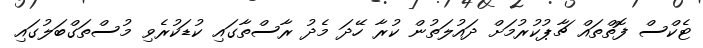
ޓެކްސް ފޮތްތައް ޗާޕުކުރުމަށް ދައުލަތުން ކުރާ ހޭދަ މެދު ރާސްތާގައި ކުޑަކުރެވި މުސްތަގްބަލުގައި